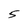
Character: 5